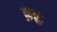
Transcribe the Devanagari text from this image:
क्रतुः